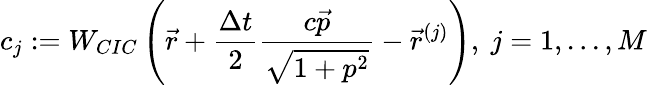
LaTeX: \displaystyle{c_{j}:=W_{CIC}\left(\vec{r}+\frac{\Delta t}{2}\frac{c\vec{p}}{\sqrt{1+p^{2}}}-\vec{r}^{(j)}\right),\ j=1,...,M}